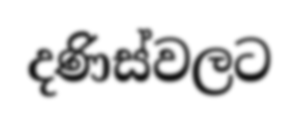
දණිස්වලට